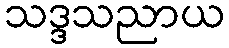
သဒ္ဒသညာယ